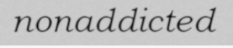
nonaddicted